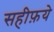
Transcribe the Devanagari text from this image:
सहीफ़ये